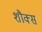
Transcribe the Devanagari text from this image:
शौक्स